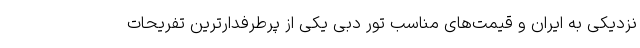
نزدیکی به ایران و قیمت‌های مناسب تور دبی یکی از پرطرفدارترین تفریحات